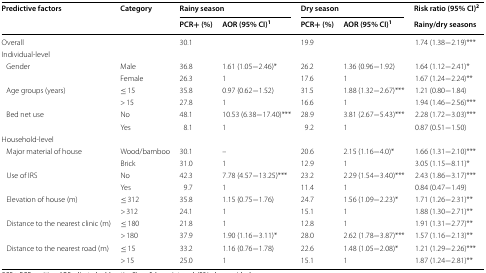
<table><thead><tr><td rowspan="2"><b>Predictive factors</b></td><td rowspan="2"><b>Category</b></td><td colspan="2"><b>Rainy season</b></td><td colspan="2"><b>Dry season</b></td><td><b>Risk ratio (95% CI)<sup>2</sup></b></td></tr><tr><td><b>PCR+ (%)</b></td><td><b>AOR (95% CI)<sup>1</sup></b></td><td><b>PCR+ (%)</b></td><td><b>AOR (95% CI)<sup>1</sup></b></td><td><b>Rainy/dry seasons</b></td></tr></thead><tbody><tr><td>Overall</td><td>[EMPTY_CELL]</td><td>30.1</td><td>[EMPTY_CELL]</td><td>19.9</td><td>[EMPTY_CELL]</td><td>1.74 (1.38−2.19)***</td></tr><tr><td colspan="7">Individual-level</td></tr><tr><td rowspan="2"> Gender</td><td>Male</td><td>36.8</td><td>1.61 (1.05−2.46)*</td><td>26.2</td><td>1.36 (0.96−1.92)</td><td>1.64 (1.12−2.41)*</td></tr><tr><td>Female</td><td>26.3</td><td>1</td><td>17.6</td><td>1</td><td>1.67 (1.24−2.24)**</td></tr><tr><td rowspan="2"> Age groups (years)</td><td>≤ 15</td><td>35.8</td><td>0.97 (0.62−1.52)</td><td>31.5</td><td>1.88 (1.32−2.67)***</td><td>1.21 (0.80−1.84)</td></tr><tr><td>&gt; 15</td><td>27.8</td><td>1</td><td>16.6</td><td>1</td><td>1.94 (1.46−2.56)***</td></tr><tr><td rowspan="2"> Bed net use</td><td>No</td><td>48.1</td><td>10.53 (6.38−17.40)***</td><td>28.9</td><td>3.81 (2.67−5.43)***</td><td>2.28 (1.72−3.03)***</td></tr><tr><td>Yes</td><td>8.1</td><td>1</td><td>9.2</td><td>1</td><td>0.87 (0.51−1.50)</td></tr><tr><td colspan="7">Household-level</td></tr><tr><td rowspan="2"> Major material of house</td><td>Wood/bamboo</td><td>30.1</td><td>–</td><td>20.6</td><td>2.15 (1.16−4.0)*</td><td>1.66 (1.31−2.10)***</td></tr><tr><td>Brick</td><td>31.0</td><td>1</td><td>12.9</td><td>1</td><td>3.05 (1.15−8.11)*</td></tr><tr><td rowspan="2"> Use of IRS</td><td>No</td><td>42.3</td><td>7.78 (4.57−13.25)***</td><td>23.2</td><td>2.29 (1.54−3.40)***</td><td>2.43 (1.86−3.17)***</td></tr><tr><td>Yes</td><td>9.7</td><td>1</td><td>11.4</td><td>1</td><td>0.84 (0.47−1.49)</td></tr><tr><td rowspan="2"> Elevation of house (m)</td><td>≤ 312</td><td>35.8</td><td>1.15 (0.75−1.76)</td><td>24.7</td><td>1.56 (1.09−2.23)*</td><td>1.71 (1.26−2.31)**</td></tr><tr><td>&gt; 312</td><td>24.1</td><td>1</td><td>15.1</td><td>1</td><td>1.88 (1.30−2.71)**</td></tr><tr><td rowspan="2"> Distance to the nearest clinic (m)</td><td>≤ 180</td><td>21.8</td><td>1</td><td>12.8</td><td>1</td><td>1.91 (1.31−2.77)**</td></tr><tr><td>&gt; 180</td><td>37.9</td><td>1.90 (1.16−3.11)*</td><td>28.0</td><td>2.62 (1.78−3.87)***</td><td>1.57 (1.16−2.13)**</td></tr><tr><td rowspan="2"> Distance to the nearest road (m)</td><td>≤ 15</td><td>33.2</td><td>1.16 (0.76−1.78)</td><td>22.6</td><td>1.48 (1.05−2.08)*</td><td>1.21 (1.29−2.26)***</td></tr><tr><td>&gt; 15</td><td>25.0</td><td>1</td><td>15.1</td><td>1</td><td>1.87 (1.24−2.81)**</td></tr></tbody></table>